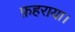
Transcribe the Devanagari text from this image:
फ़हराया।